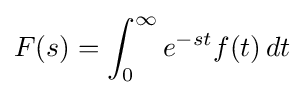
F(s)=\int _{0}^{\infty }e^{-st}f(t)\,dt